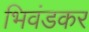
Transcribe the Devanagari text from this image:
भिवंडकर